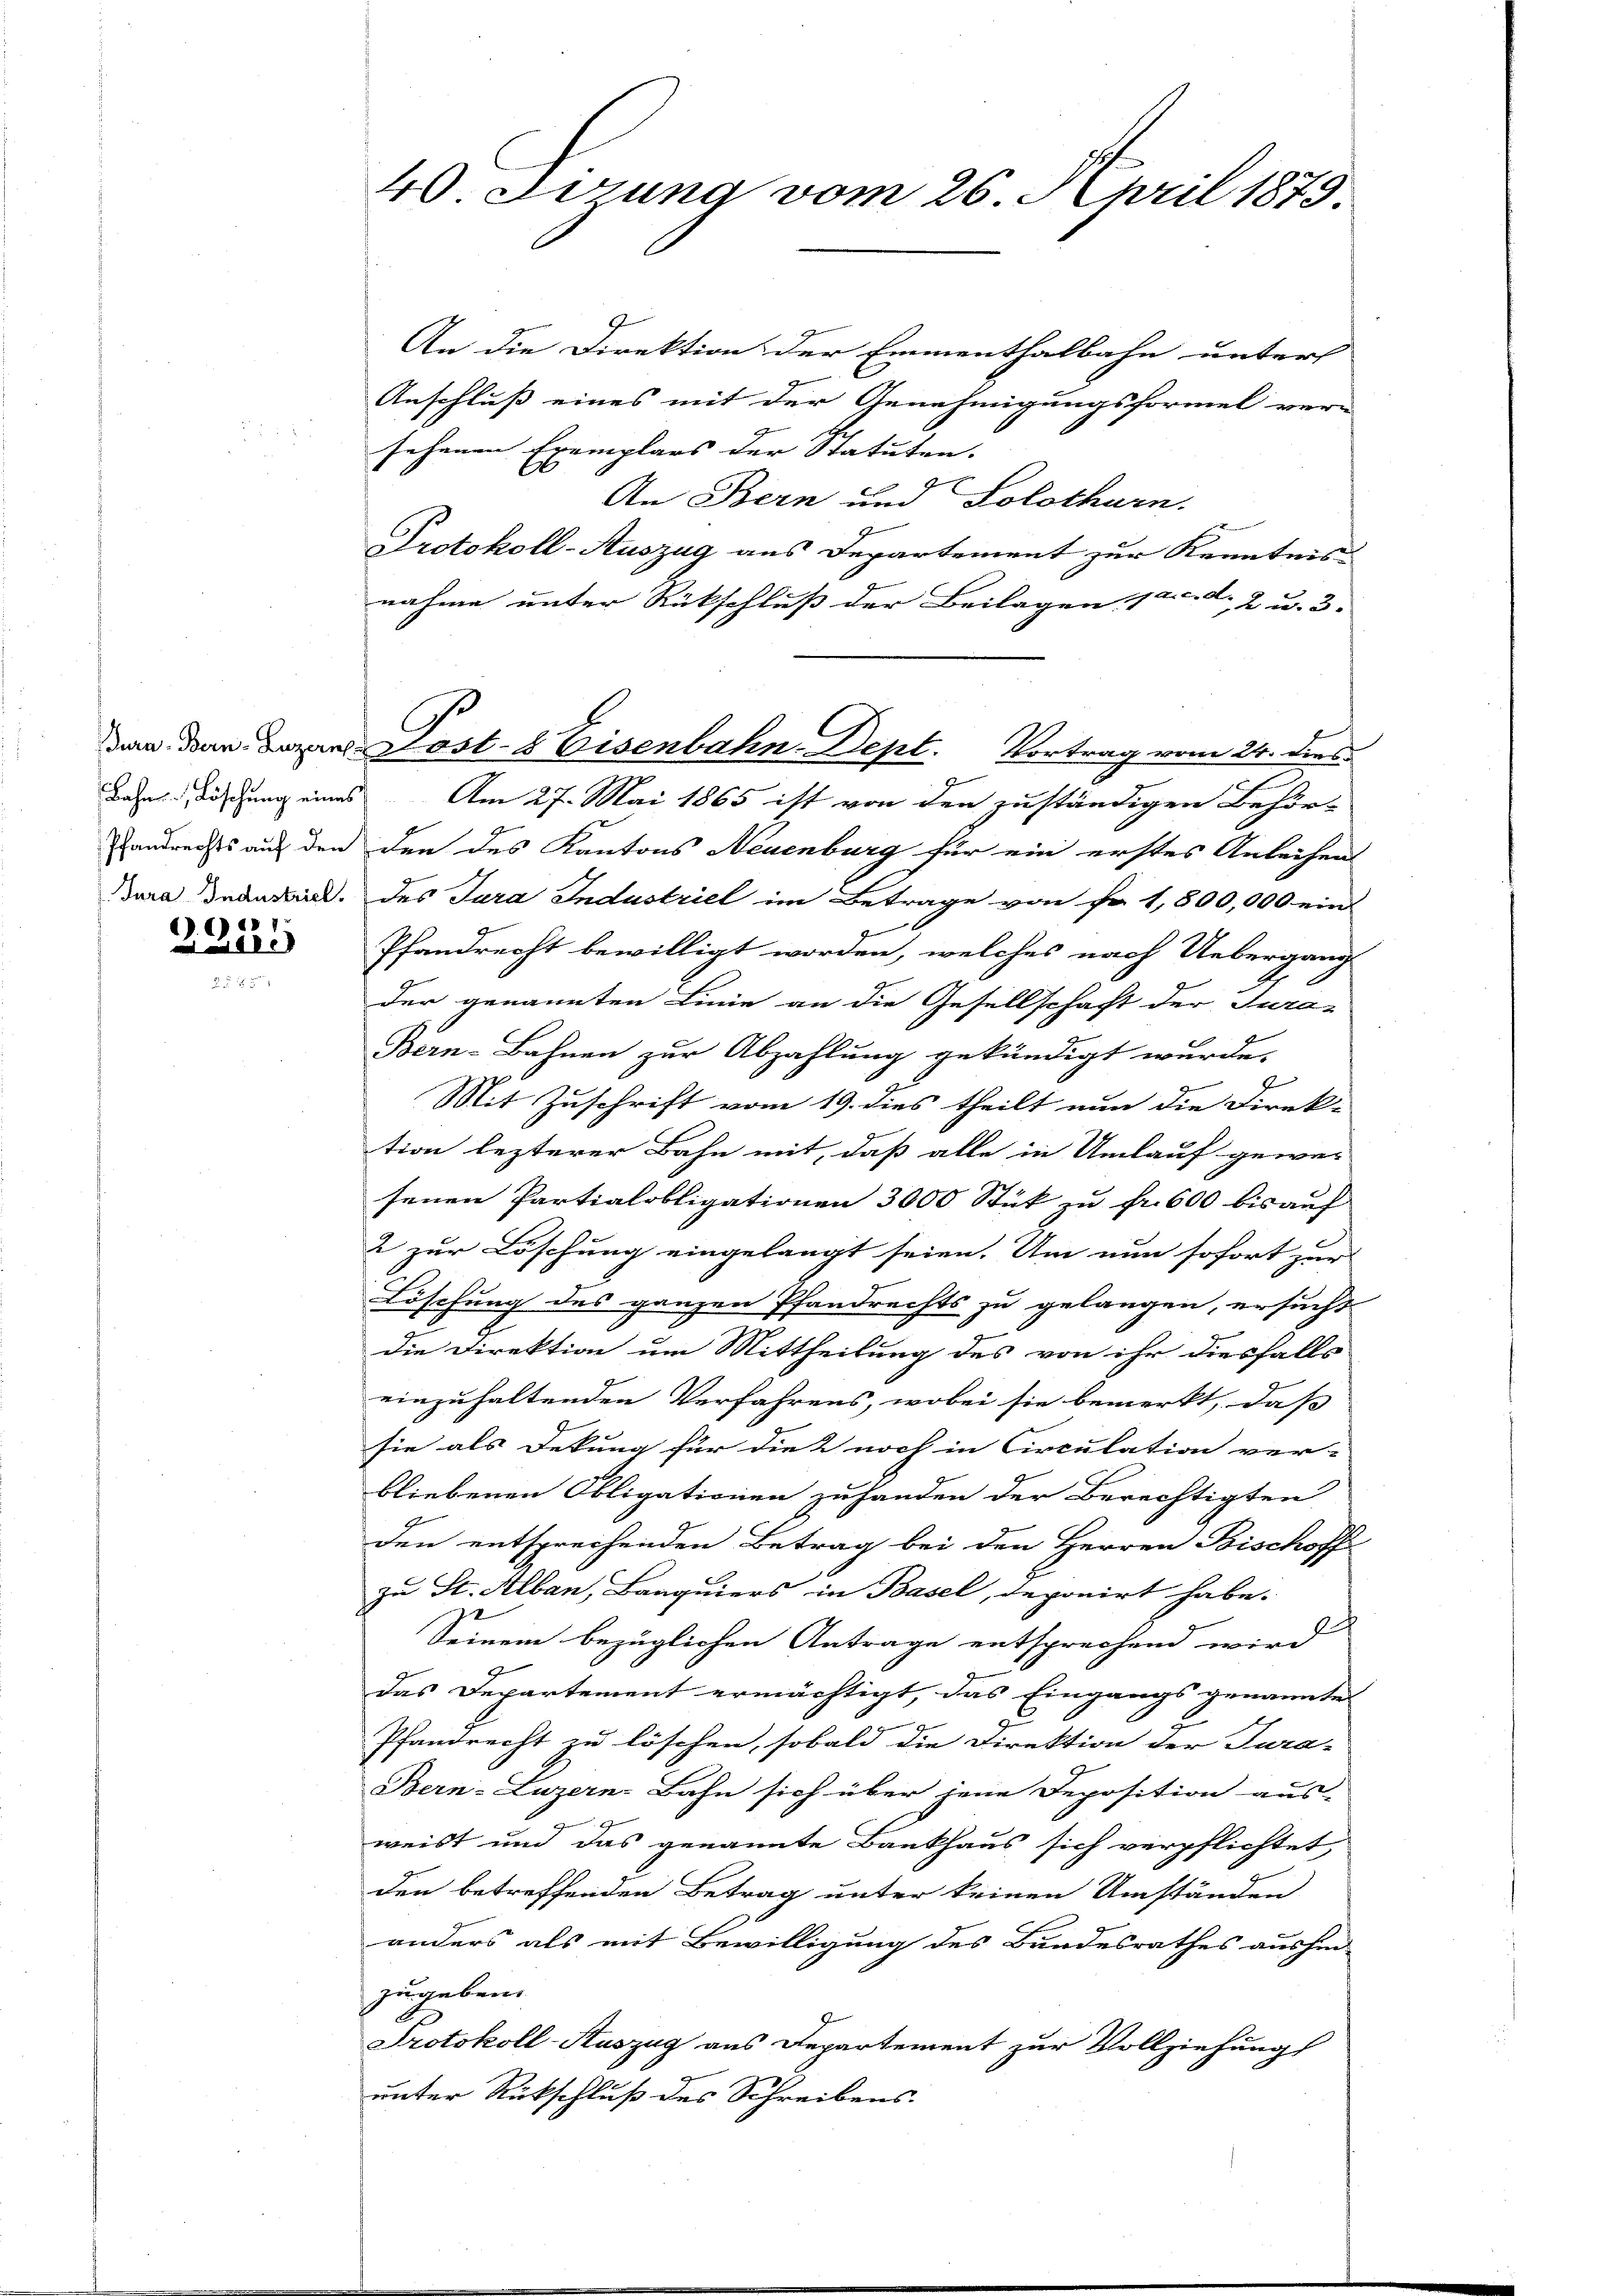
Bahn, Löschung eines
Jura Industriel

.6)  1:
ud mit 10 e

40. Ferung vom 26. April 1879.

An die Direktion der Emmenthalbahn unter
Anschluß eines mit der Genehmigungsformel ver-
sehenen Exemplars der Statuten. |
An Bern und Solothurn.
Protokoll-Auszug aus Departement zur Kenntnis
nahme unter Rückschluß der Beilagen 1. c. d. 2 u. 3. |
Am 27. Mai 1865 ist von den zuständigen Behör-
Landrechts aus den den des Kantons Neuenburg für ein erstes Anleihens
des Jura Industriel im Betrage von Fr. 1,800,000 ein
Pfandrecht bewilligt worden, welches nach Uebergang
der genannten Linie an die Gesellschaft der Jura-
Bern-Bahnen zur Abzahlung gekündigt wurde.
E
Mit Zuschrift vom 19. dies theilt nun die Direk-
tion lezterer Bahn mit, daß alle in Umlauf gewe-
senen Partialobligationen 3000 Stük zu Fr. 600 bis auf
2 zur Löschung eingelangt seien. Um nun sofort zur
Löschung des ganzen Pfandrechts zu gelangen, ersucht
die Direktion um Mittheilung des von ihr diesfalls
einzuhaltenden Verfahrens, wobei sie bemerkt, dass
sie als Dekung für die 2 noch in Circulation ver-
bliebenen Obligationen zuhanden der Berechtigten
den entsprechenden Betrag bei den Herren Bischoff
zu St. Alban, Banquiers in Basel, deponirt habe.
Seinem bezüglichen Antrage entsprechend wird
das Departement ermächtigt, das Eingangs genannte
Pfandrecht zu löschen, sobald die Direktion der Jura-
Bern-Luzern-Bahn sich über jene Deposition aus-
weist und das genannte Bankhaus sich verpflichtet,
den betreffenden Betrag unter keinen Umständen
anders als mit Bewilligung des Bundesrathes aushen-
zugeben.
Protokoll-Auszug aus Departement zur Vollziehung
unter Rückschluß des Schreibens.

dan dem Dozen Post- & Eisenbahn-Dept. Vortrag vom 24. dies